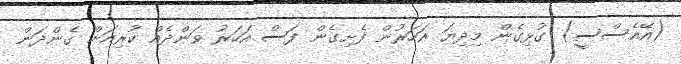
(އޭއެސްސީ) ގުޅިގެން މިދިޔަ އަހަރުން ފެށިގެން ފަސް އަހަރު ވަންދެއް ކުރިއަށް ގެންދަން